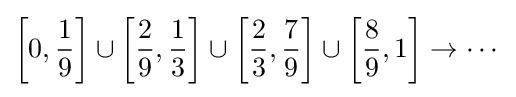
\left[0,{\frac {1}{9}}\right]\cup \left[{\frac {2}{9}},{\frac {1}{3}}\right]\cup \left[{\frac {2}{3}},{\frac {7}{9}}\right]\cup \left[{\frac {8}{9}},1\right]\to \cdots